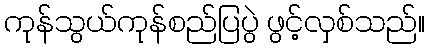
ကုန်သွယ်ကုန်စည်ပြပွဲ ဖွင့်လှစ်သည်။